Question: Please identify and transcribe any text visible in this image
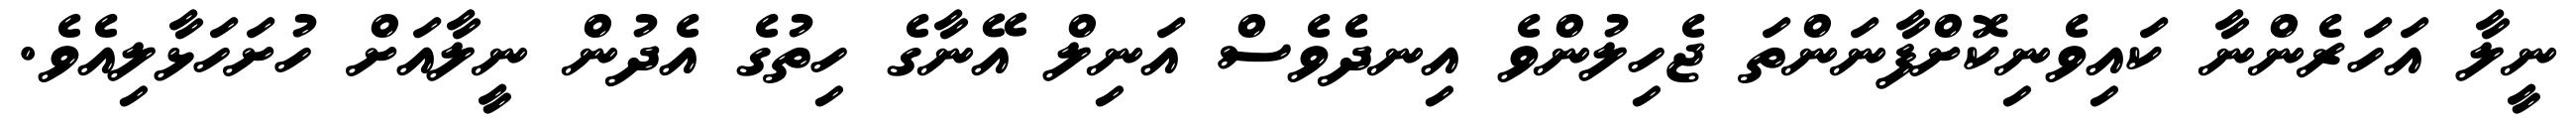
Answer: ނީލާ އަހަރެންނާ ކައިވެނިކޮށްފާނަންތަ ޖެހިލުންވެ އިނދެވެސް އަނިލް އޭނާގެ ހިތުގެ އެދުން ނީލާއަށް ހުށަހަޅާލިއެވެ.